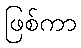
ဖြစ်ကာ